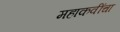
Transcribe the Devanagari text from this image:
महाकवींचा